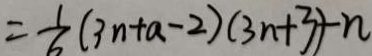
= \frac { 1 } { 6 } ( 3 n + a - 2 ) ( 3 n + 3 ) - n